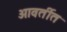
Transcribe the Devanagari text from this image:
आवर्तीत